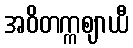
အဝိတက္ကဈာယီ